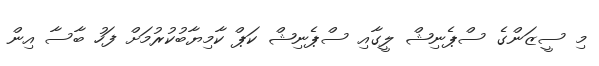
މި ސީޒަންގެ ސްޕެނިޝް ލީގާއި ސްޕެނިޝް ކަޕް ކާމިޔާބުކުރުމަށް ފަހު ބާސާ އިން